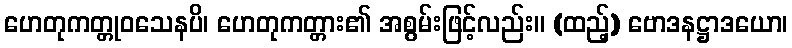
ဟေတုကတ္တုဝသေနပိ၊ ဟေတုကတ္တား၏ အစွမ်းဖြင့်လည်း။ (ထည့်) ဗောဒနဋ္ဌာဒယော၊